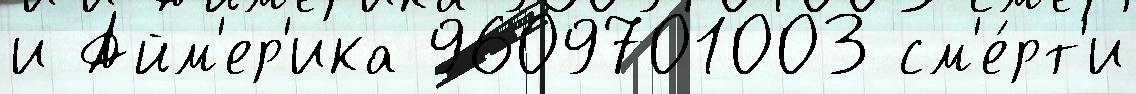
и Айм'ер'ика 9609701003 см'е́рт'и